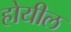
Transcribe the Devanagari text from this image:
होयील